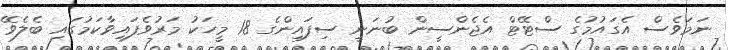
ނަމަވެސް އެގައުމުގެ ސްޓޭޓް އެޖެންސީން ބުނަނީ ސިފައިންގެ 18 މީހަކު މަރުވެފައިވާކަމުގައި ބެލެވޭ